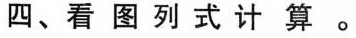
四、看图列式计算。